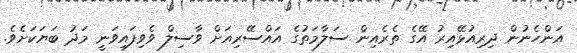
އަންހެނުން ދިރިއުޅޭއިރު އޭގެ ތެރެއިން ސަލާމަތުގެ އައްސޭރިއަށް ވާސިލް ވެވިފައިވަނީ މަދު ބަޔަކަށެވެ.